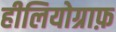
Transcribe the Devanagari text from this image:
हीलियोग्राफ़